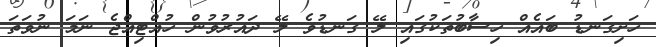
ހަށިގަނޑު ބައެއް ހިސާބުތަކުގައި ލޭ ގަނޑުވެ ލޭ ދައުރުވުން ހުއްޓިއްޖެ ނަމަ ނުވަތަ